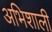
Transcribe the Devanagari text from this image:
अभिशाली